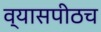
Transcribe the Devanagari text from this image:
व्यासपीठच